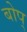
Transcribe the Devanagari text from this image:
बोप्